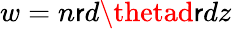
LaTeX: w=n\mathsf{r}d\thetad\mathsf{r}dz